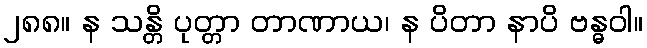
၂၈၈။ န သန္တိ ပုတ္တာ တာဏာယ၊ န ပိတာ နာပိ ဗန္ဓဝါ။